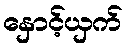
နှောင့်ယှက်